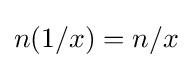
n(1/x)=n/x